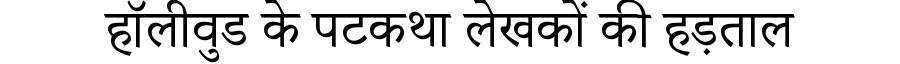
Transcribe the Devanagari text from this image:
हॉलीवुड के पटकथा लेखकों की हड़ताल